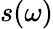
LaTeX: s(\omega)